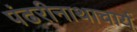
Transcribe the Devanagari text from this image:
पंढरीनाथाचार्य